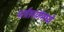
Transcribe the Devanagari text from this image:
पर्ततरांगेमध्ये